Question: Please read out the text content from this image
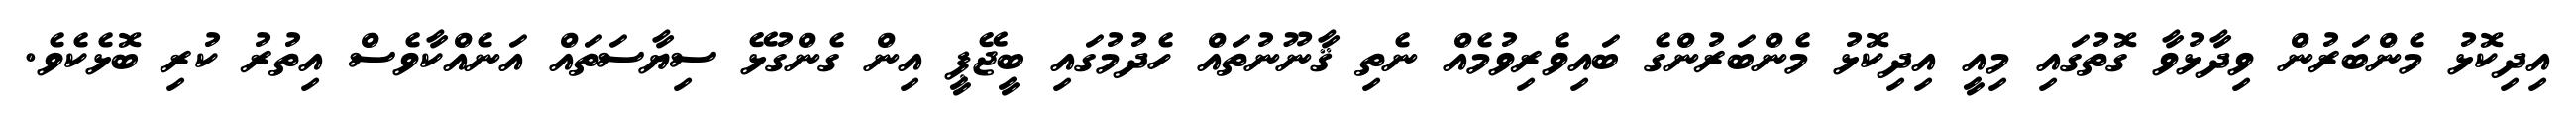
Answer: އިދިކޮޅު މެންބަރުން ވިދާޅުވާ ގޮތުގައި މިއީ އިދިކޮޅު މެންބަރުންގެ ބައިވެރިވުމެއް ނެތި ޤާނޫނުތައް ހެދުމުގައި ބީޖޭޕީ އިން ގެންގުޅޭ ސިޔާސަތައް އަނެއްކާވެސް އިތުރު ކުރި ބޮޅެކެވެ.